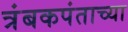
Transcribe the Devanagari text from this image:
त्रंबकपंताच्या